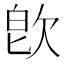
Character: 𣢼